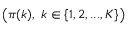
\left( \pi ( k ) , \ k \in \{ 1 , 2 , . . . , K \} \right)